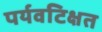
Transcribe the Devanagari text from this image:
पर्यवटिक्षत